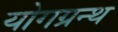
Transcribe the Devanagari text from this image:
योगग्रन्थ